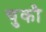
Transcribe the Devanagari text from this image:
चुकौ